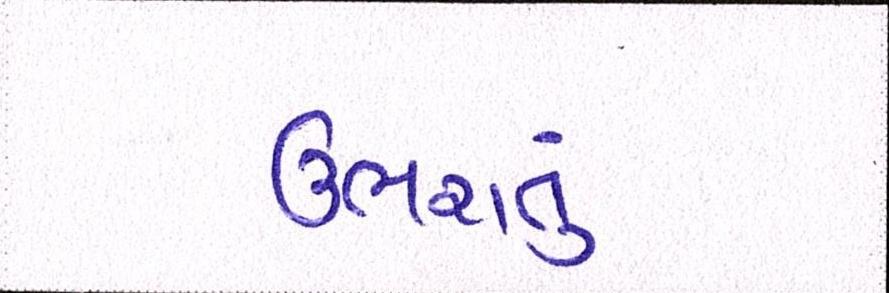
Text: ઉભરાતું